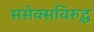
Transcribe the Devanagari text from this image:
ससेक्सविरुद्ध